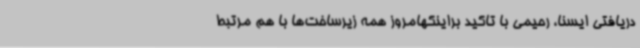
دریافتی ایسنا، رحیمی با تاکید براینکهامروز همه زیرساخت‌ها با هم مرتبط